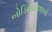
બોડિયાકલારનો